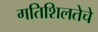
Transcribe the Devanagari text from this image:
गतिशिलतेचे